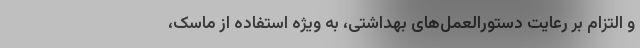
و التزام بر رعایت دستورالعمل‌های بهداشتی، به ویژه استفاده از ماسک،